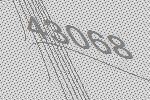
43068